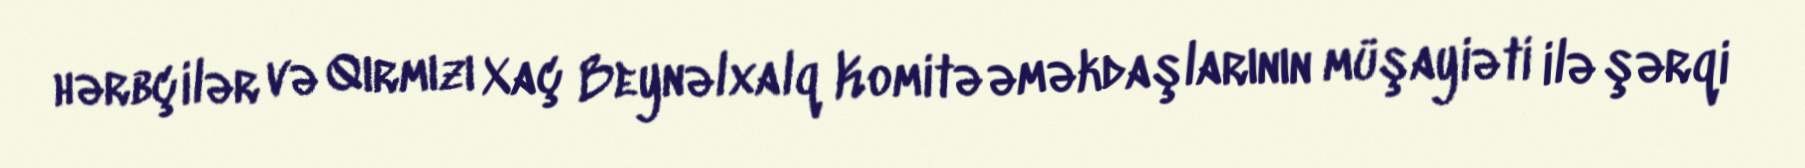
hərbçilər və Qırmızı Xaç Beynəlxalq Komitə əməkdaşlarının müşayiəti ilə şərqi